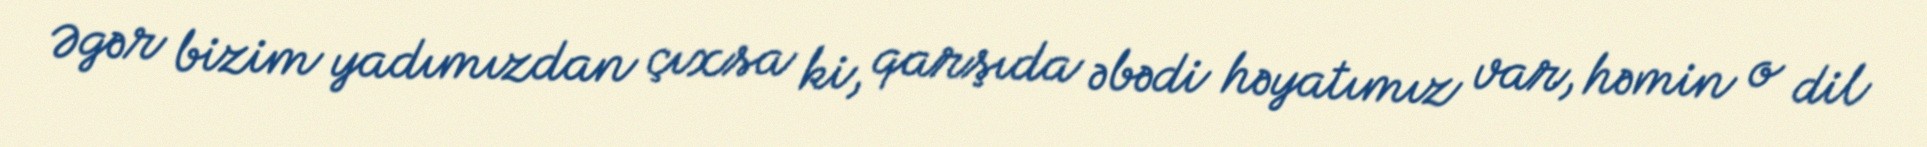
Əgər bizim yadımızdan çıxsa ki, qarşıda əbədi həyatımız var, həmin o dil